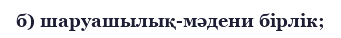
б) шаруашылық-мәдени бірлік;